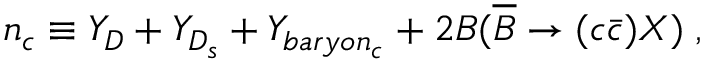
n _ { c } \equiv Y _ { D } + Y _ { D _ { s } } + Y _ { b a r y o n _ { c } } + 2 B ( \overline { { B } } \rightarrow ( c \bar { c } ) X ) \; ,